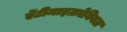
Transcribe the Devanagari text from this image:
ऐंटीमाइक्रोबियल